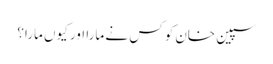
سپین خان کو کس نے مارا اور کیوں مارا؟